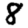
Digit: 8